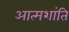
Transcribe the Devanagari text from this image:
आत्मशांति